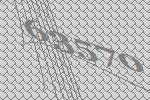
63570